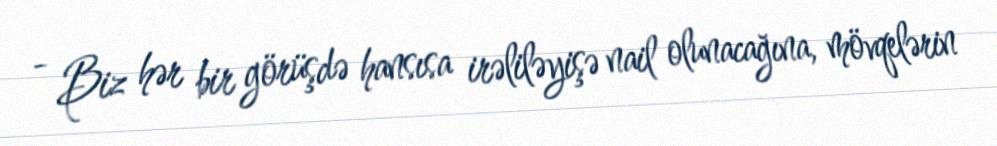
- Biz hər bir görüşdə hansısa irəliləyişə nail olunacağına, mövqelərin